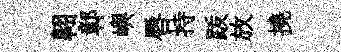
翺鄣嶼唇持䟦放撓